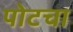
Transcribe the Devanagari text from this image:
पोटचा